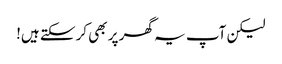
لیکن آپ یہ گھر پر بھی کرسکتے ہیں!